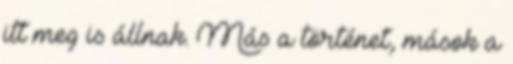
itt meg is állnak. Más a történet, mások a